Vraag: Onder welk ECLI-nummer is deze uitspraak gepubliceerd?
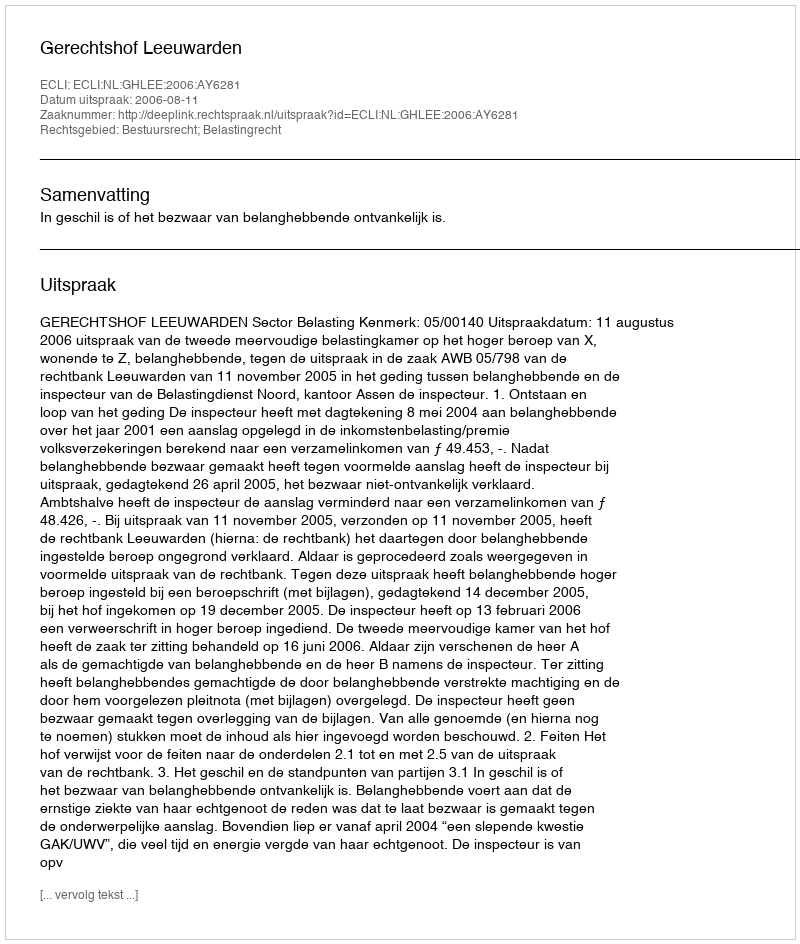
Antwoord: ECLI:NL:GHLEE:2006:AY6281